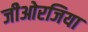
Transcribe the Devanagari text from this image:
जीओरजिया